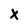
Character: X